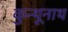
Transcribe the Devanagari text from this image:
कुन्थूनाथ